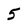
Character: 5